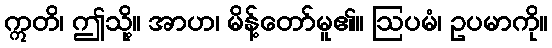
ဣတိ၊ ဤသို့။ အာဟ၊ မိန့်တော်မူ၏။ ဩပမံ၊ ဥပမာကို။